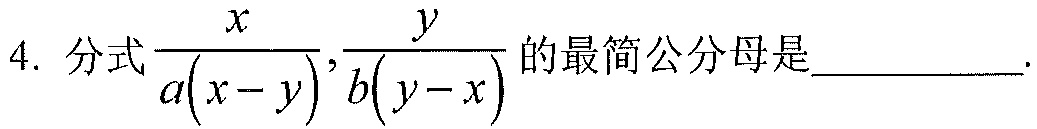
4. 分式$\dfrac{x}{a(x - y)},\dfrac{y}{b(y - x)}$的最简公分母是  ．